Language: tamil
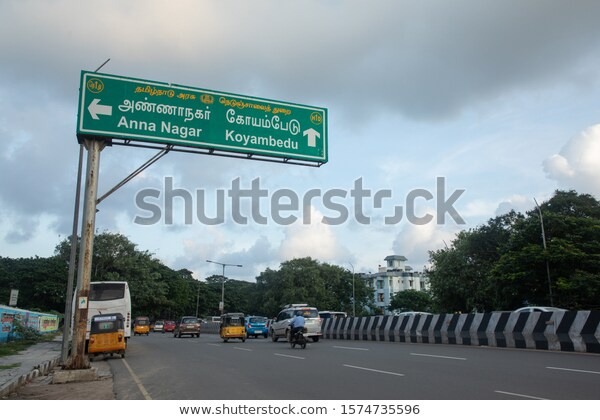
Transcription: அண்ணாநகா் கோயம்பேடு